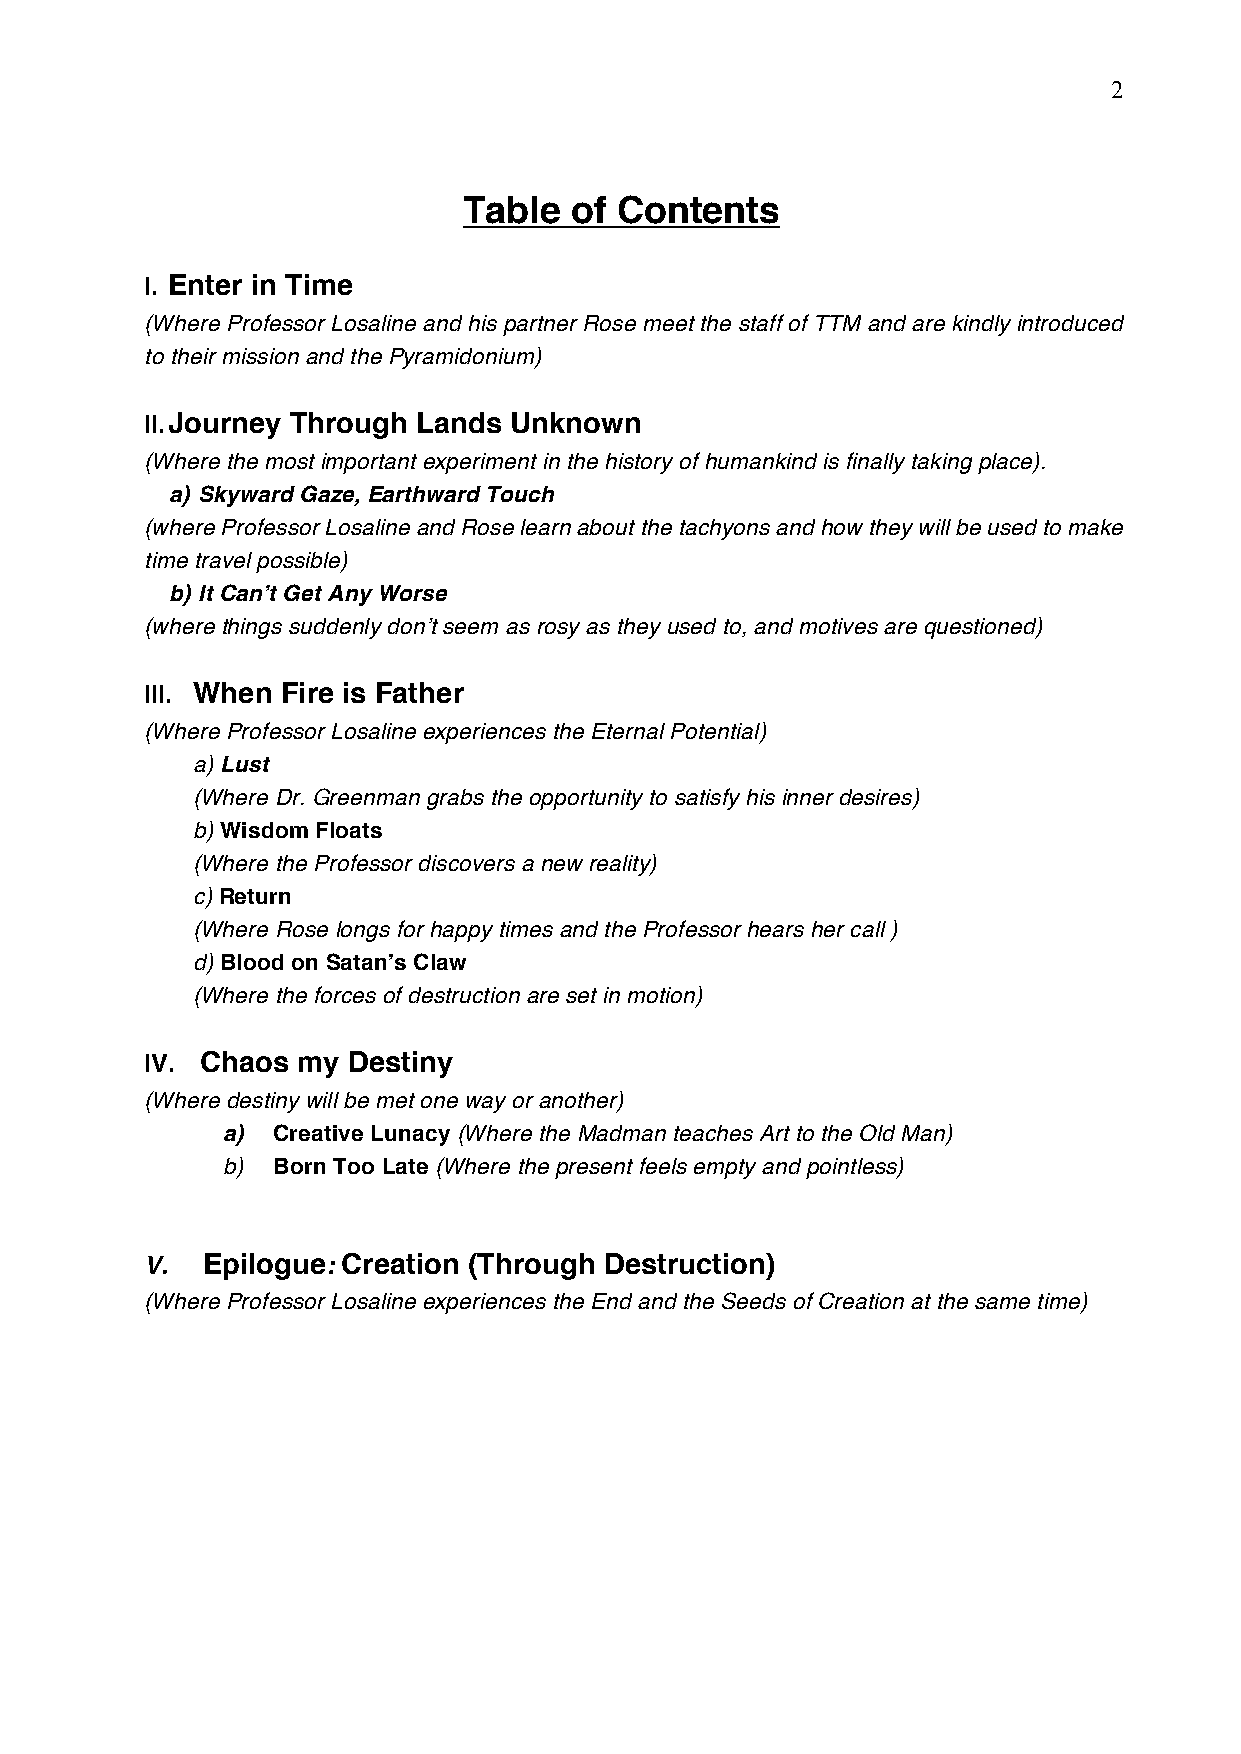
2
 Table  of Contents
 I. Enter in Time
 (Where Professor Losaline and his partner Rose meet the staff of TTM and are kindly introduced
 to their mission and the Pyramidonium)
 II. Journey Through Lands Unknown
 (Where the most important experiment in the history of humankind is finally taking place).
 a) Skyward Gaze, Earthward Touch
 (where Professor Losaline and Rose learn about the tachyons and how they will be used to make
 time travel possible)
 b) It Can’t Get Any Worse
 (where things suddenly don’t seem as rosy as they used to, and motives are questioned)
 III. When Fire is Father
 (Where Professor Losaline experiences the Eternal Potential)
 a) Lust
 (Where Dr. Greenman grabs the opportunity to satisfy his inner desires)
 b) Wisdom Floats
 (Where the Professor discovers a new reality)
 c) Return
 (Where Rose longs for happy times and the Professor hears her call )
 d) Blood on Satan’s Claw
 (Where the forces of destruction are set in motion)
 IV. Chaos my Destiny
 (Where destiny will be met one way or another)
 a) Creative Lunacy (Where the Madman teaches Art to the Old Man)
 b) Born Too Late (Where the present feels empty and pointless)
 V. Epilogue: Creation (Through Destruction)
 (Where Professor Losaline experiences the End and the Seeds of Creation at the same time)